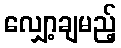
လျှော့ချမည့်